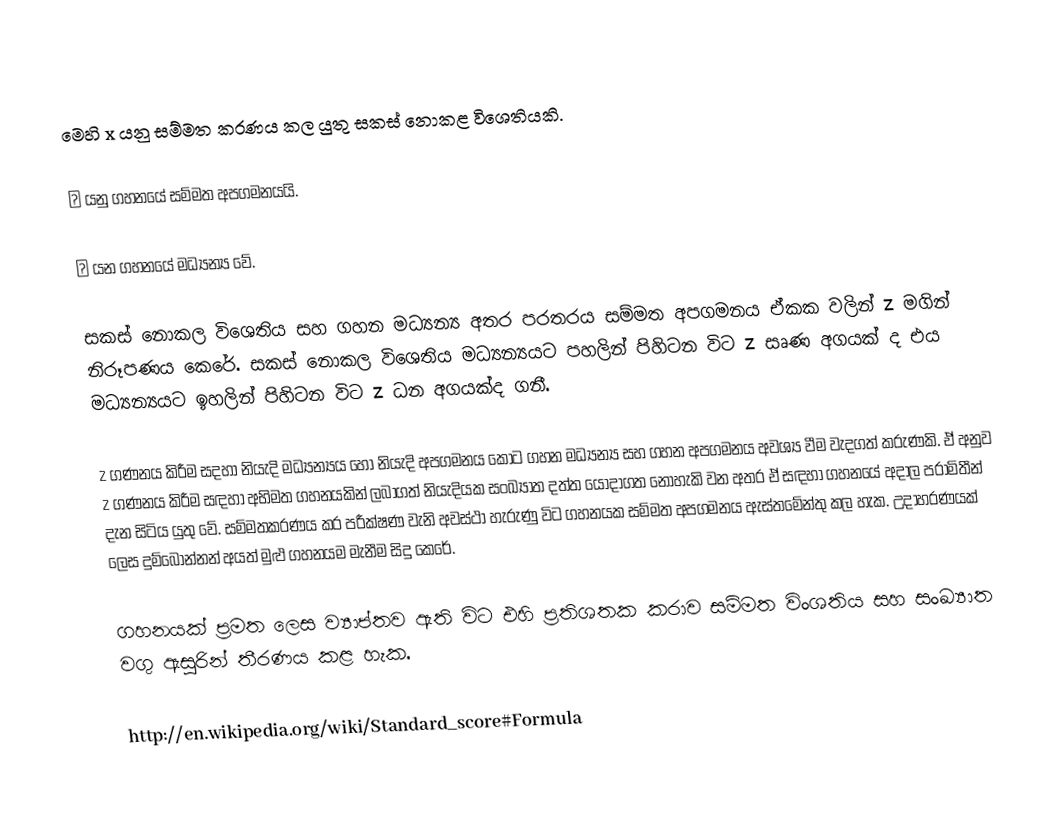
මෙහි	x යනු සම්මත කරණය කල යුතු සකස් නොකළ විශෙතියකි.

σ යනු ගහනයේ සම්මත අපගමනයයි.

μ යන ගහනයේ මධ්‍යන්‍ය වේ.

සකස් නොකල විශෙතිය සහ ගහන මධ්‍යන්‍ය අතර පරතරය සම්මත අපගමනය ඒකක වලින් z  මගින් නිරූපණය කෙරේ. සකස් නොකල විශෙතිය මධ්‍යන්‍යයට පහලින් පිහිටන විට z   සෘණ අගයක් ද එය මධ්‍යන්‍යයට ඉහලින් පිහිටන විට z   ධන අගයක්ද ගනී.

z ගණනය කිරීම සදහා නියැදි මධ්‍යන්‍යය හෝ නියැදි අපගමනය කොට ගහන මධ්‍යන්‍ය සහ ගහන අපගමනය අවශ්‍ය වීම වැදගත් කරුණකි. ඒ අනුව z ගණනය කිරීම සඳහා අභිමත ගහනයකින් ලබාගත් නියැදියක සංඛ්‍යාත දත්ත යොදාගත නොහැකි වන අතර ඒ සඳහා ගහනයේ අදාල පරාමිතීන් දැන  සිටිය යුතු වේ. සම්මතකරණය කර පරීක්ෂණ වැනි අවස්ථා හැරුණු විට ගහනයක සම්මත අපගමනය ඇස්තමේන්තු කල හැක‍. උදාහරණයක් ලෙස දුම්බොන්නන් අයත් මුළු ගහනයම මැනීම සිදු කෙරේ.

ගහනයක් ප්‍රමත  ලෙස ව්‍යාප්තව ඇති විට එහි ප්‍රතිශතක කරාව සම්මත විංශතිය සහ සංඛ්‍යාත වගු ඇසුරින් තීරණය කළ හැක.

http://en.wikipedia.org/wiki/Standard_score#Formula